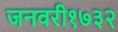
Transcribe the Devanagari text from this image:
जनवरी१७३२